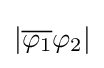
|{\overline {\varphi _{1}}}\varphi _{2}|